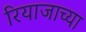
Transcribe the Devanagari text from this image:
रियाजाच्या